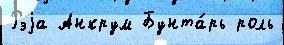
Рэjа Анкрум Бунта́рь роль